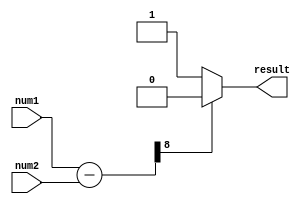
module unsigned_comparator(
    input [7:0] num1,
    input [7:0] num2,
    output reg result
);

reg [8:0] sub_result;

always @* begin
    sub_result = {1'b0, num1} - {1'b0, num2};
    if (sub_result[8] == 1'b0) begin
        result = 1'b1; // num1 is greater than num2
    end else begin
        result = 1'b0; // num1 is less than or equal to num2
    end
end

endmodule